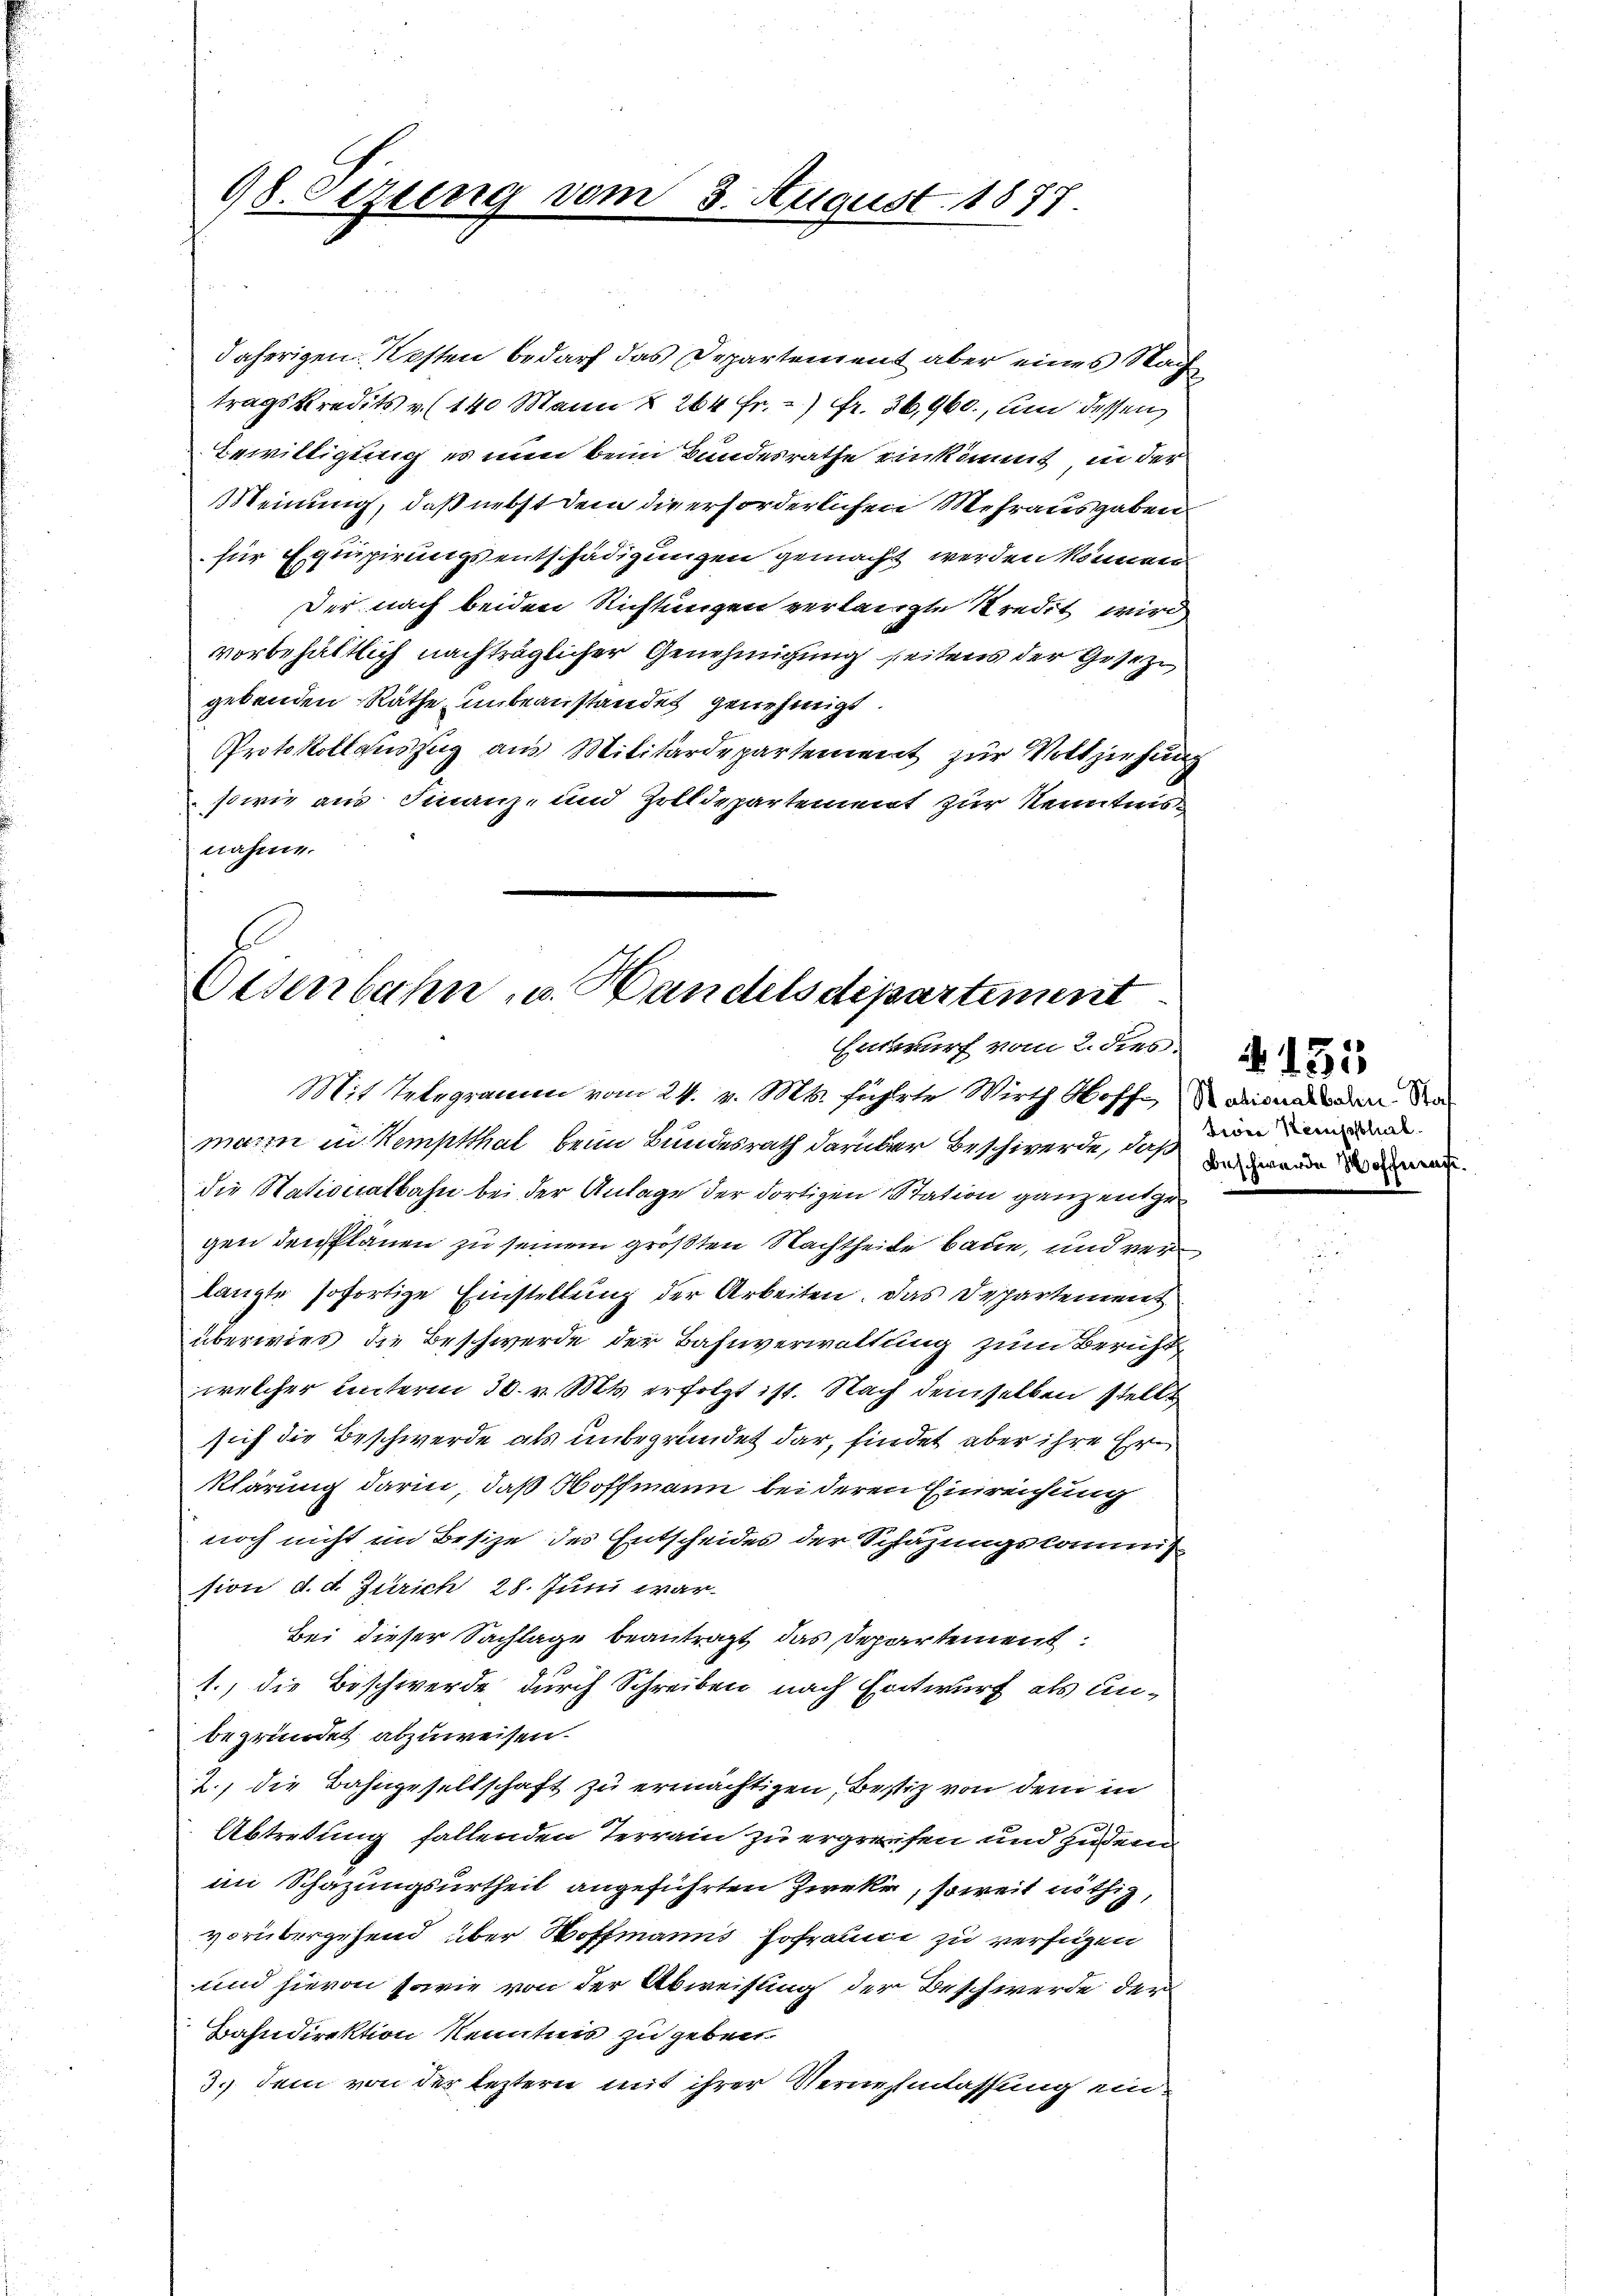
98.Otzung vom

daherigen. Ersten bedarf das Departement aber eines Nach
tragskredits v. 140 Mann § 264 fr.) Fr. 36,960., um dessen
Bewilligung es nun beim Bundesrathe einkommt in der
Meinung, daß nebst dem die erforderlichen Mehrausgaben
für Equipirungsentschädigungen gemacht werden können
Der nach beiden Richtungen verlangte Kredit wird
vorbehältlich nachträglicher Genehmigung seitens der Geseze
gebenden Räthe unbeanstandet genehmigt.
Protokollauszug aus Militärdepartement zur Vollziehung
sowie aus Finanz- und Zolldepartement zur Kenntnis
nahme.

3. August 1877

Osenbahn u. Handelsdepartement
Entwurf vom 2. dies

Mit Telegramm vom 24. v. Mts. führte Wirth Hoffmannen de
mann in Kemptthal beim Bundesrath darüber beschwerde, daß da man
die Stationalbahn bei der Anlage der dortigen Station ganz entgegen den Plänen zu seinem größten Nachtheile baue, und verlangte sofortige Einstellung der Arbeiten. Das Departement
überwies, die Beschwerde der Bahnverwaltung zum Bericht
welcher unterm 30. v. Mts. erfolgt ist. Nach demselben stellt
sich die Beschwerde als unbegründet dar, findet aber ihre Erklärung darin, daß Hoffmann bei deren Einreichung
noch nicht im Besize des Entscheides der Schazungskommis
sion d. d. Zürich 28. Juni war.
Bei dieser Sachlage beantragt, das Departement
1., die Beschwerde durch Schreiben nach Entwurf als unbegründet abzuweisen.
2., die Bahngesellschaft zu ermächtigen, Bustiz von dem in
Abtretung fallenden Terrain zu ergreifen und zudem
im Schazungsurtheil angeführten Zweke, soweit nöthig,
vorübergehend über Hoffmanns Hofraume zu verfügen
und hievon sowie von der Abweisung der Beschwerde der
Bahndirektion Kenntnis zu geben.
3. dem von der leztern mit ihrer Vernehmlassung ein¬

Levia Kernsthal
.

4153